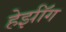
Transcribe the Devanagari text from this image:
हेर्झॉग